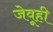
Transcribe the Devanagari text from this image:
जेवूही